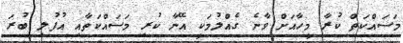
މަސައްކަތް ކުރާ މީހާއަށް ވާނެ ގެއްލުމަކީ އޭނާ ކުރި މަސައްކަތާއި އުފުލި ބުރަ